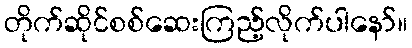
တိုက်ဆိုင်စစ်ဆေးကြည့်လိုက်ပါနော်။